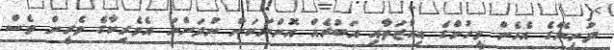
ދުނިޔޭގެ އެހެން މީހުންގެ އިއްޒަތާއި އަބުރެއް އޮންނަކަން ނުދަންނަ އެމެރިކާގެ ވެރީން ވެސް